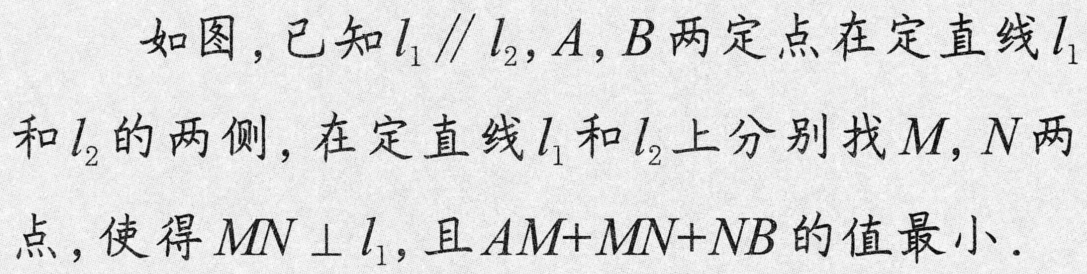
如图，已知\(l_1\parallel l_2\)，\(A\)，\(B\)两定点在定直线\(l_1\)和\(l_2\)的两侧，在定直线\(l_1\)和\(l_2\)上分别找\(M\)，\(N\)两点，使得\(MN\perp l_1\)，且\(AM + MN+NB\)的值最小.